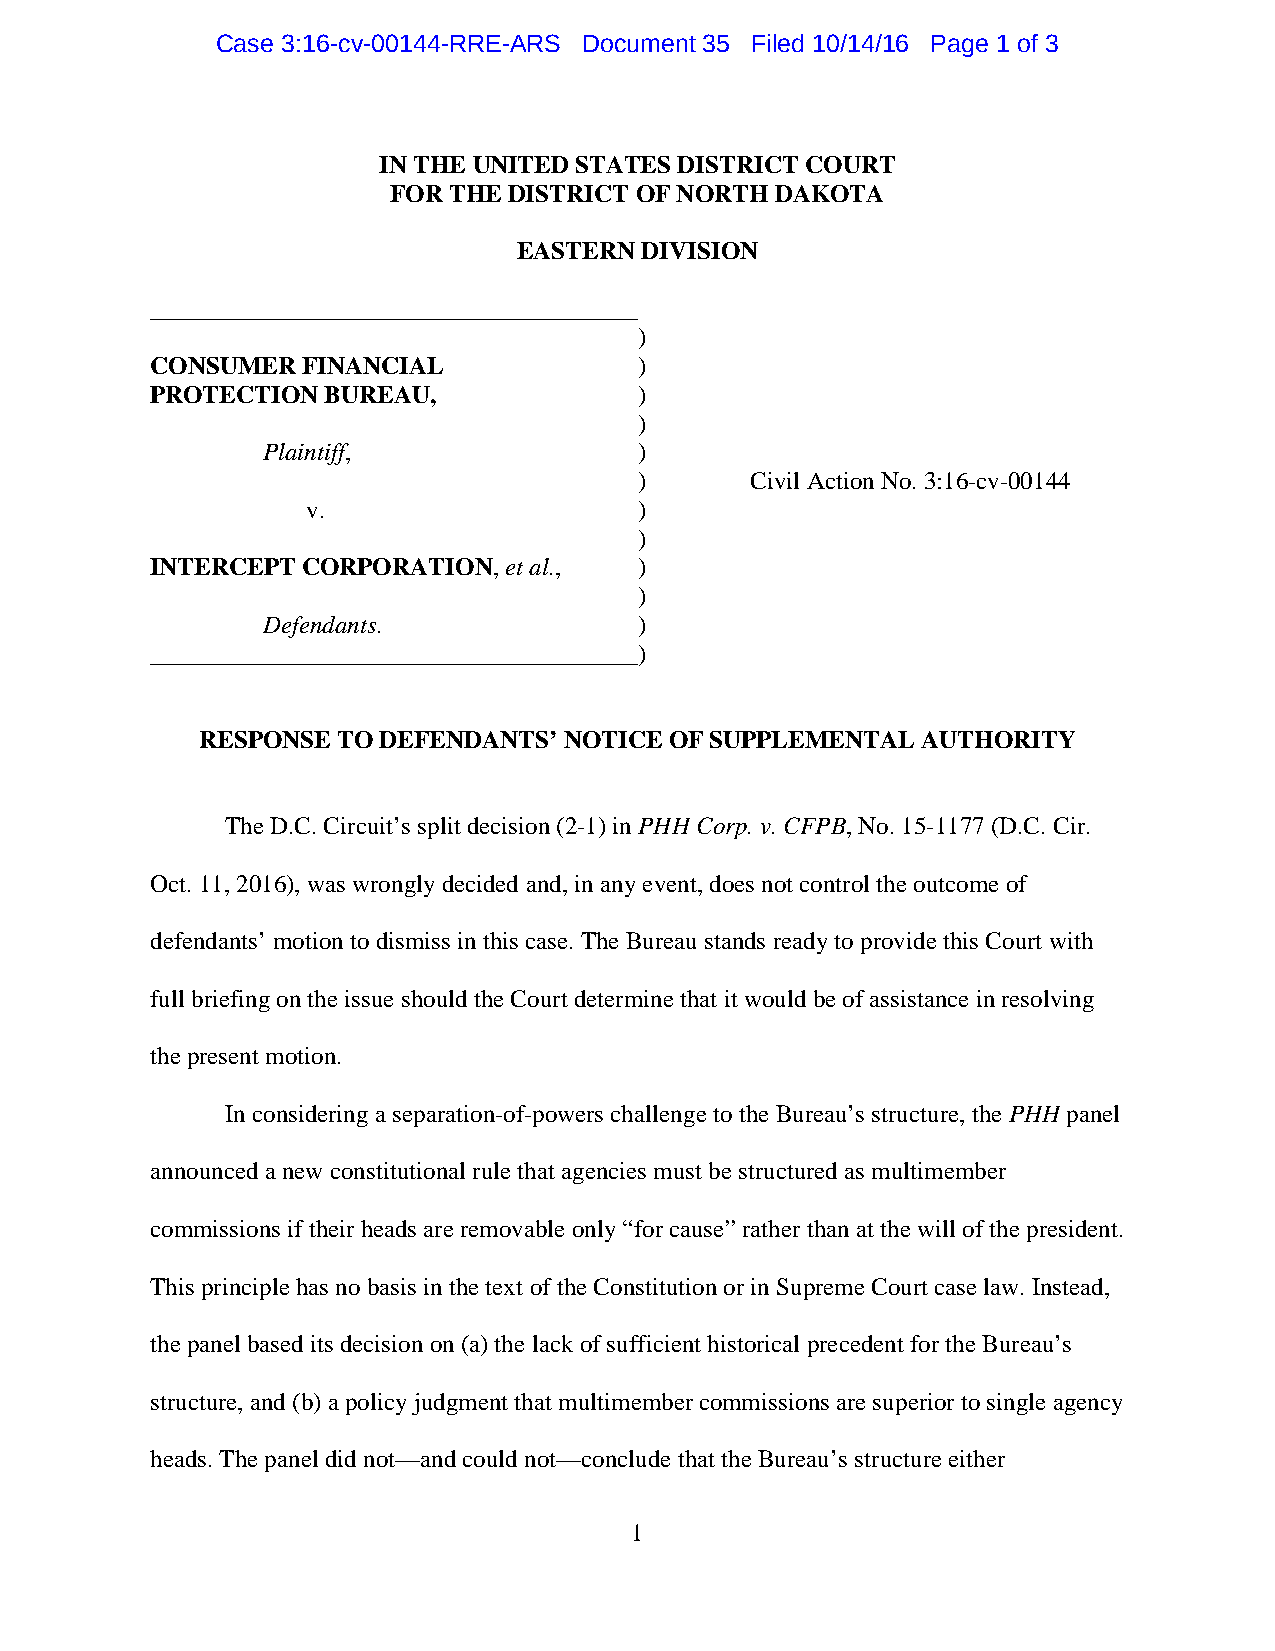
Case 3:16-cv-00144-RRE-ARS Document 35 Filed 10/14/16 Page 1 of 3
 IN THE UNITED STATES DISTRICT COURT
 FOR THE DISTRICT OF NORTH DAKOTA
 EASTERN DIVISION
 _______________________________________
 )
 CONSUMER  FINANCIAL             )
 PROTECTION BUREAU,              )
 )
 Plaintiff,               )
 )       Civil Action No. 3:16-cv-00144
 v.                    )
 )
 INTERCEPT CORPORATION, et al.,  )
 )
 Defendants.              )
 _______________________________________)
 RESPONSE TO DEFENDANTS’ NOTICE OF SUPPLEMENTAL  AUTHORITY
 The D.C. Circuit’s split decision (2-1) in PHH Corp. v. CFPB, No. 15-1177 (D.C. Cir.
 Oct. 11, 2016), was wrongly decided and, in any event, does not control the outcome of
 defendants’ motion to dismiss in this case. The Bureau stands ready to provide this Court with
 full briefing on the issue should the Court determine that it would be of assistance in resolving
 the present motion.
 In considering a separation-of-powers challenge to the Bureau’s structure, the PHH panel
 announced a new constitutional rule that agencies must be structured as multimember
 commissions if their heads are removable only “for cause” rather than at the will of the president.
 This principle has no basis in the text of the Constitution or in Supreme Court case law. Instead,
 the panel based its decision on (a) the lack of sufficient historical precedent for the Bureau’s
 structure, and (b) a policy judgment that multimember commissions are superior to single agency
 heads. The panel did not—and could not—conclude that the Bureau’s structure either
 1